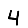
Digit: 4